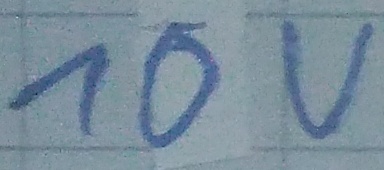
Text: 10V